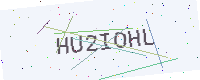
Text: HU2IOHL